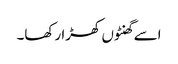
اسے گھنٹوں کھڑا رکھا۔